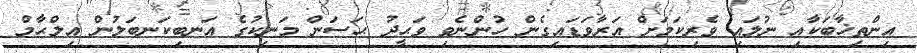
އިންތިޚާބަކާއި ނުލައި ވެރިކަމަށް އަރާވަޑައިގެން ހުންނެވި ވަޙީދު ޙަސަން މަނިކުގެ އަނބިކަނބަލުން އިލްޙާމް